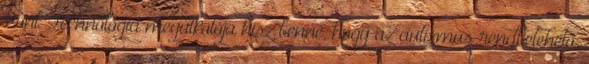
Pont Technológia megalkotója hisz benne, hogy az autizmus rendbetehető.